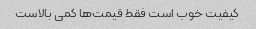
کیفیت خوب است فقط قیمت‌ها کمی بالاست